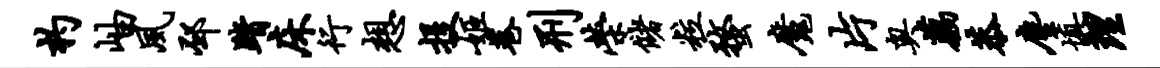
杓岫夙邳踏床行想投姬巷刑荣储粒蝥魔片奥藕恭尘填理